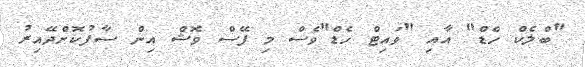
"ބްލެކް ހެޑް" އާއި "ވައިޓް ހެޑް"ވެސް މި ފޭސް ވޮޝް އިން ސާފުކޮށްދޭއިރު